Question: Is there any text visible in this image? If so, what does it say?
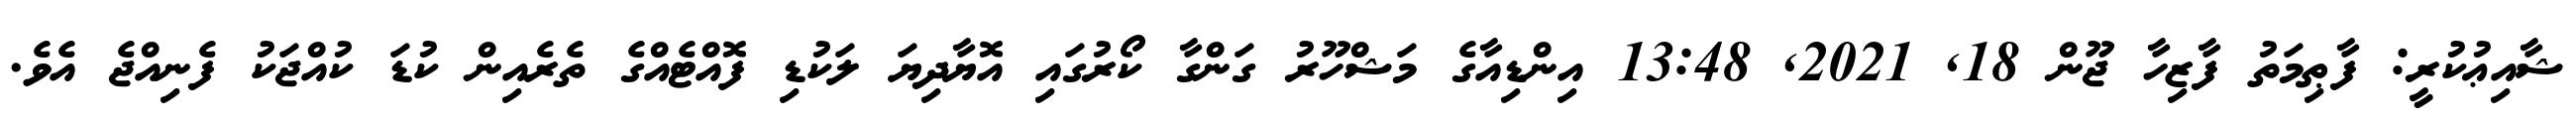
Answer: ޝާއިޢުކުރީ: ފާޠިމަތު ފާޒިހާ ޖޫން 18, 2021, 13:48 އިންޑިއާގެ މަޝްހޫރު ގަންގާ ކޯރުގައި އޮޔާދިޔަ ލަކުޑި ފޮއްޓެއްގެ ތެރެއިން ކުޑަ ކުއްޖަކު ފެނިއްޖެ އެވެ.